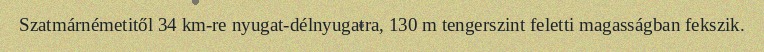
Szatmárnémetitől 34 km-re nyugat-délnyugatra, 130 m tengerszint feletti magasságban fekszik.